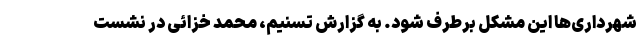
شهرداری‌ها این مشکل برطرف شود. به گزارش تسنیم، محمد خزائی در نشست